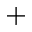
^ { + }